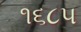
૧૬૮૫